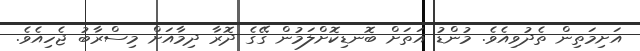
އަށިމަތިން ތެދުވިއެވެ. މުންޑު އަތަށް ބޮނޑިކޮށްލަމުން ގޭގެ ދޮރާ ދިމާއަށް މިސްރާބު ޖެހިއެވެ.